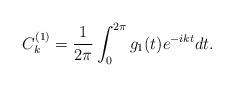
LaTeX: \begin{align*}C_k^{(1)}={\frac {1} {2\pi}}\int_0^{2\pi} g_1(t)e^{-ikt}dt .\end{align*}